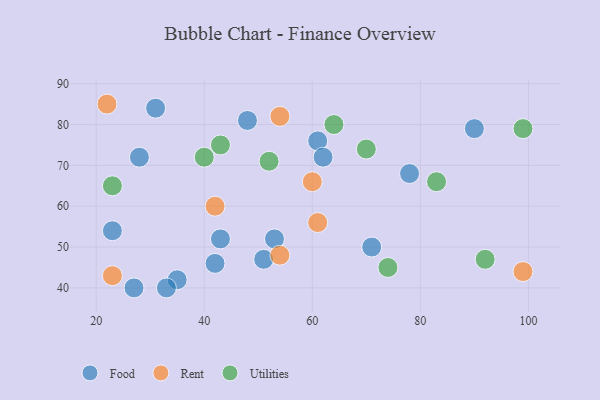
{"axis": {"x": "GDP", "y": "Life Expectancy"}, "legend": ["Food", "Rent", "Utilities"], "data": [{"x": "27", "y": 40, "type": "Food"}, {"x": "90", "y": 79, "type": "Food"}, {"x": "51", "y": 47, "type": "Food"}, {"x": "61", "y": 76, "type": "Food"}, {"x": "23", "y": 54, "type": "Food"}, {"x": "53", "y": 52, "type": "Food"}, {"x": "43", "y": 52, "type": "Food"}, {"x": "31", "y": 84, "type": "Food"}, {"x": "62", "y": 72, "type": "Food"}, {"x": "35", "y": 42, "type": "Food"}, {"x": "28", "y": 72, "type": "Food"}, {"x": "33", "y": 40, "type": "Food"}, {"x": "48", "y": 81, "type": "Food"}, {"x": "71", "y": 50, "type": "Food"}, {"x": "78", "y": 68, "type": "Food"}, {"x": "42", "y": 46, "type": "Food"}, {"x": "54", "y": 48, "type": "Rent"}, {"x": "60", "y": 66, "type": "Rent"}, {"x": "22", "y": 85, "type": "Rent"}, {"x": "99", "y": 44, "type": "Rent"}, {"x": "61", "y": 56, "type": "Rent"}, {"x": "54", "y": 82, "type": "Rent"}, {"x": "42", "y": 60, "type": "Rent"}, {"x": "23", "y": 43, "type": "Rent"}, {"x": "83", "y": 66, "type": "Utilities"}, {"x": "74", "y": 45, "type": "Utilities"}, {"x": "23", "y": 65, "type": "Utilities"}, {"x": "99", "y": 79, "type": "Utilities"}, {"x": "70", "y": 74, "type": "Utilities"}, {"x": "92", "y": 47, "type": "Utilities"}, {"x": "52", "y": 71, "type": "Utilities"}, {"x": "43", "y": 75, "type": "Utilities"}, {"x": "64", "y": 80, "type": "Utilities"}, {"x": "40", "y": 72, "type": "Utilities"}]}